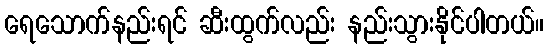
ရေသောက်နည်းရင် ဆီးထွက်လည်း နည်းသွားနိုင်ပါတယ်။